Black-water fever - Number 35
Disease focus: Fever
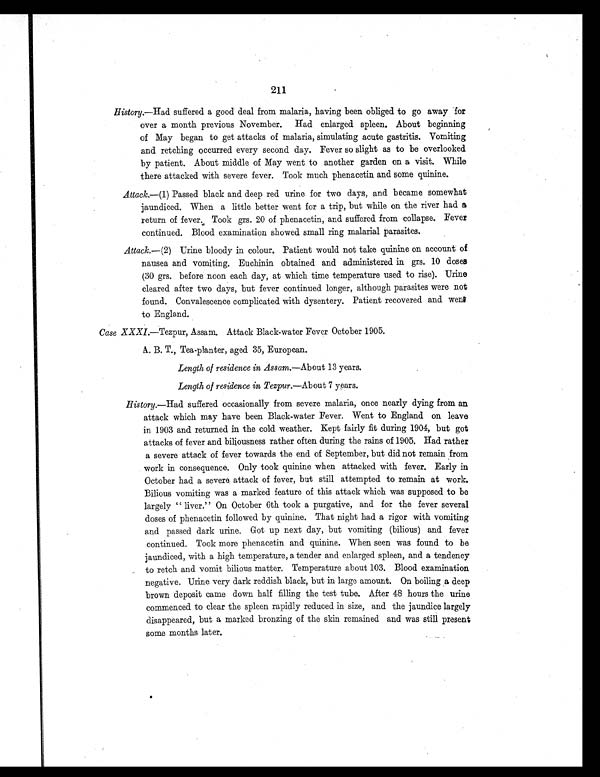
211
History.—Had suffered a good deal from malaria, having been obliged to go away for
over a month previous November. Had enlarged spleen. About beginning
of May began to get attacks of malaria, simulating acute gastritis. Vomiting
and retching occurred every second day. Fever so slight as to be overlooked
by patient. About middle of May went to another garden on a visit. While
there attacked with severe fever. Took much phenacetin and some quinine.
Attack.—(1) Passed black and deep red urine for two days, and became somewhat
jaundiced. When a little better went for a trip, but while on the river had a
return of fever. Took grs. 20 of phenacetin, and suffered from collapse. Fever
continued. Blood examination showed small ring malarial parasites.
Attack. —(2) Urine bloody in colour. Patient would not take quinine on account of
nausea and vomiting. Euchinin obtained and administered in grs. 10 doses
(30 grs. before noon each day, at which time temperature used to rise). Urine
cleared after two days, but fever continued longer, although parasites were not
found. Convalescence complicated with dysentery. Patient recovered and went
to England.
Case XXXI. —Tezpur, Assam. Attack Black-water Fever October 1905.
A. B. T., Tea-planter, aged 35, European.
Length of residence in Assam. —About 13 years.
Length of residence in Tezpur. —About 7 years.
History.—Had suffered occasionally from severe malaria, once nearly dying from an
attack which may have been Black-water Fever. Went to England on leave
in 1903 and returned in the cold weather. Kept fairly fit during 1904, but got
attacks of fever and biliousness rather often during the rains of 1905. Had rather
a severe attack of fever towards the end of September, but did not remain from
work in consequence. Only took quinine when attacked with fever. Early in
October had a severe attack of fever, but still attempted to remain at work.
Bilious vomiting was a marked feature of this attack which was supposed to be
largely " liver." On October 6th took a purgative, and for the fever several
doses of phenacetin followed by quinine. That night had a rigor with vomiting
and passed dark urine. Got up next day, but vomiting (bilious) and fever
continued. Took more phenacetin and quinine. When seen was found to be
jaundiced, with a high temperature, a tender and enlarged spleen, and a tendency
to retch and vomit bilious matter. Temperature about 103. Blood examination
negative. Urine very dark reddish black, but in large amount. On boiling a deep
brown deposit came down half filling the test tube. After 48 hours the urine
commenced to clear the spleen rapidly reduced in size, and the jaundice largely
disappeared, but a marked bronzing of the skin remained and was still present
some months later.